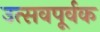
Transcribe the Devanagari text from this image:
उत्सवपूर्वक